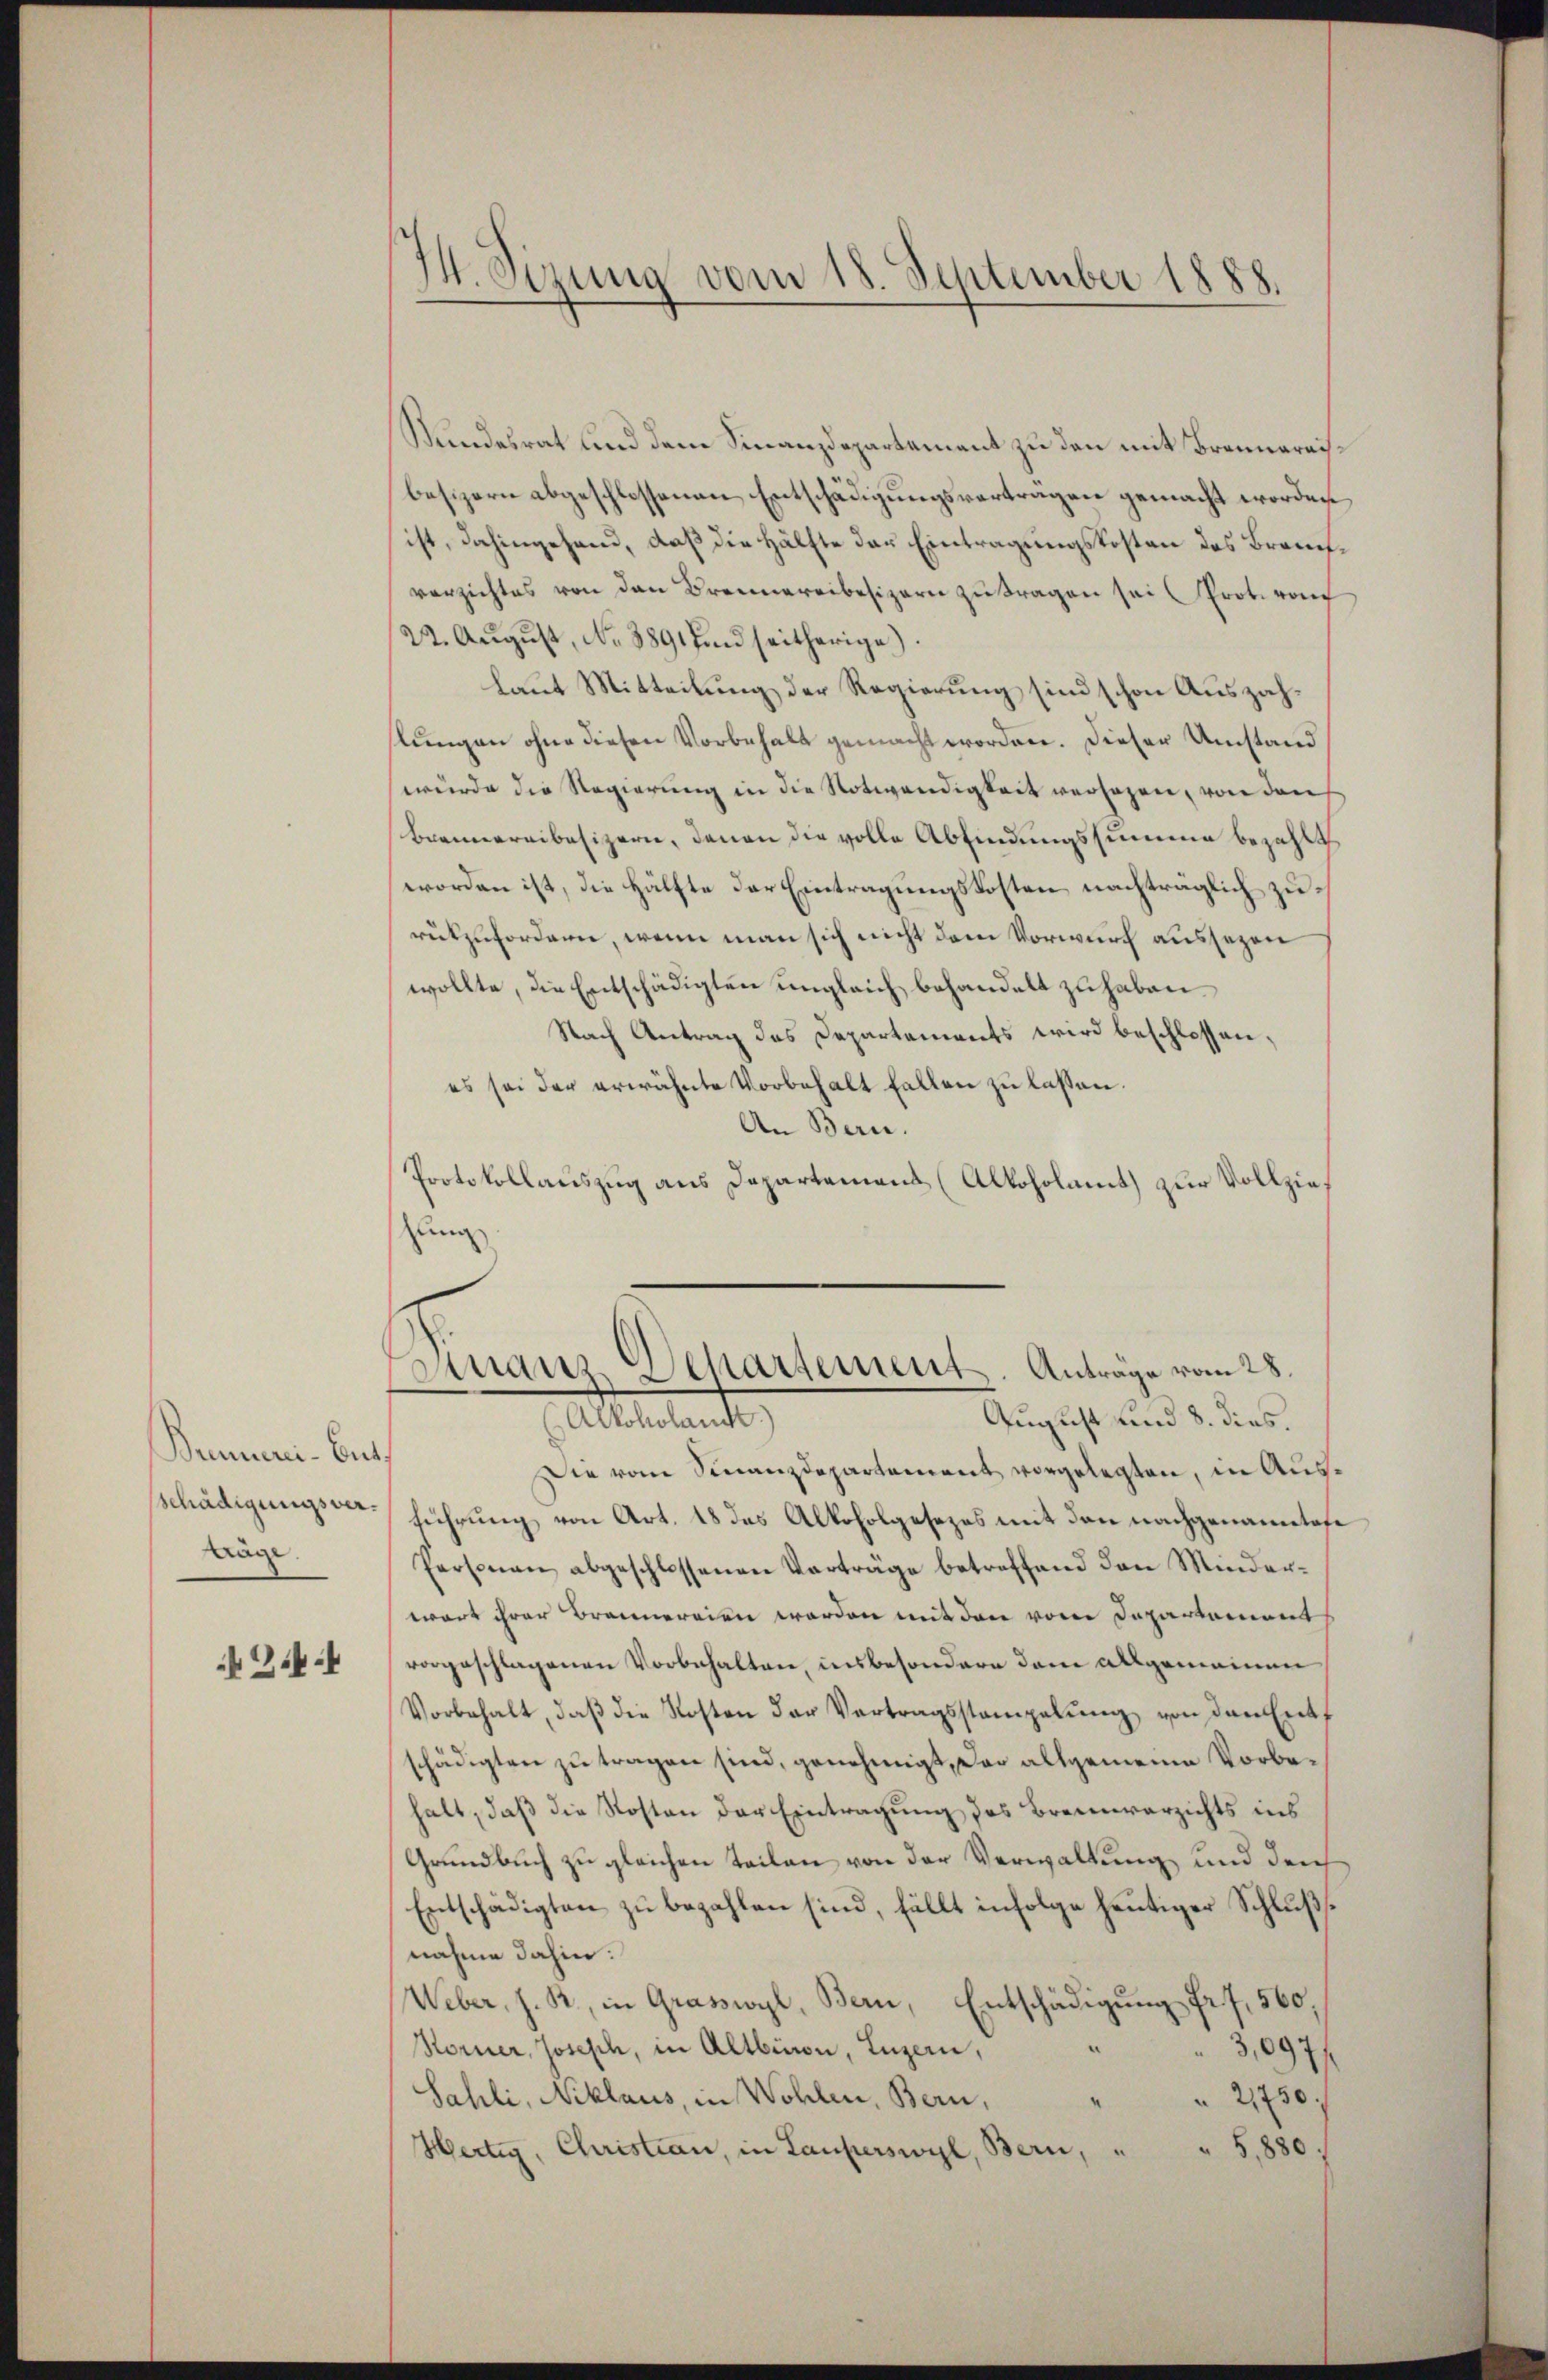
Benneni-But
Schädigungsver¬
Kräge.

3.4

Wundesrat und dem Finanzdepartement zu den mit Brennereisbesizern abgeschlossenen Entschädigungsverträgen gemacht worden,
ist, dahingehand, daß die Hälfte der Eintragungskosten des Brauchverzichtes von den Brennereibesizern zu tragen sei Prot. von
/22. August, No 389 fand seitherige).
laut Mitteilung der Regierung sind schon Auszahlungen ohne diesen Vorbehalt gemacht worden. Dieser Umstand
wurde die Regierung in die Notwendigkeit versehen, von den
Brennereibesizern, denen die volle Abfindungssumme bezahlt
worden ist, die Hälfte der Eintragungskosten nachträglich zurückzufordern, wenn man sich nicht dem Vorwurf aussezen
wollte, die Entschädigten ungleich behandelt zu haben.
Nach Antrag des Departements wird beschlossen,
es sei der erwähnte Vorbehalt fallen zu lassen.
An Bern.
Protokollauszug aus Departemens (Alkoholamt zur Vollziezung

14. Sizung vom 18. September 1888.

Finanz Separtement. Anträge vom 28.
August und 8. dies.
(Alkoholand)

Die vom Finanzdepartement vorgelegten, in Ausführung von Art. 18 des Alkoholgesezes mit den nachgenanntofe
Personau abgeschlossenen Verträge betreffend den Minderwart ihrer Brannereien worden mit den vom Departement
vorgeschlagenen Vorbehalten, insbesondere dem allgemeinen
Vorbehalt, daβ die Kosten der Vertragsstampelŭng von den Entf
schädigten zu tragen sind, genehmigt, das allgemeine Vorbehalt, daß die Kosten der Eintragung des Brennverzichts ins
Grundbuch zu gleichen Teilen von der Verwaltung und deich
Entschädigten zu bezahlen sind, fällt infolge heutiger Schlußsnahme dahier:
Weber, J. R., in Grasswyl, Bern, Entschädigung fr. 7, 560,
Körner, Joseph, in Altbiron, Luzern,
3,094/
Sahli, Niklaus, in Wohlen, Bern,
 2750;
" 5,880
Hertig, Christian, in Lauferswyl, Bern,